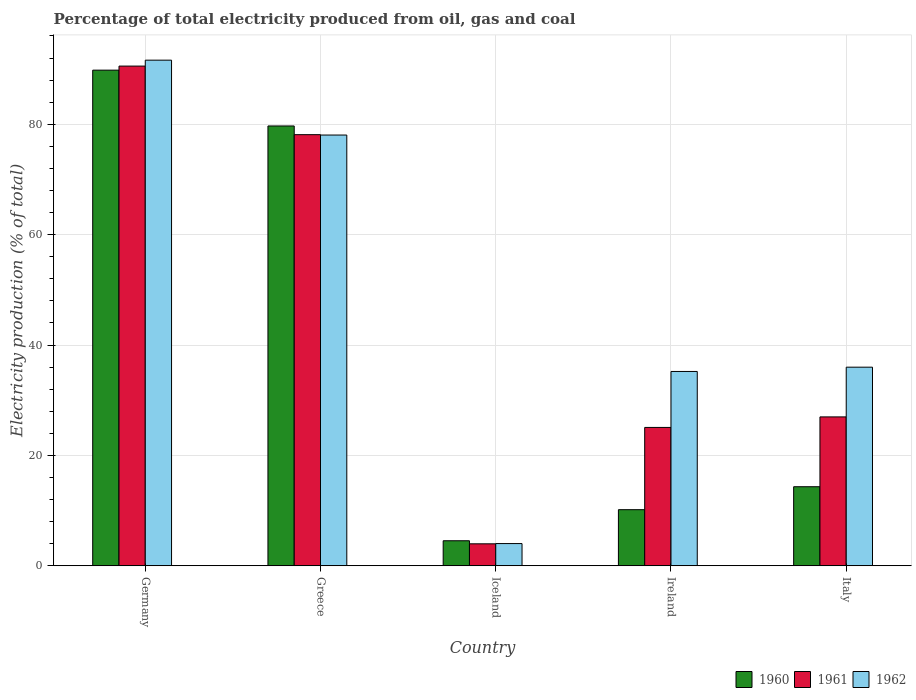
| Country | 1960 | 1961 | 1962 |
 | --- | --- | --- | --- |
 | Germany | 89.8 | 90.5 | 91.6 |
 | Greece | 79.7 | 78.1 | 78 |
 | Iceland | 4.54 | 3.98 | 4.03 |
 | Ireland | 10.2 | 25.1 | 35.2 |
 | Italy | 14.3 | 27 | 36 |